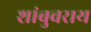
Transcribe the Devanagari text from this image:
शांबुवराय